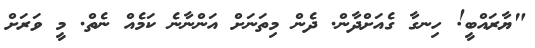
"ޔާރައްބީ! ހިނގާ ގެއަށްދާން. ދެން މިތަނަށް އަންނާނެ ކަމެއް ނެތް. މީ ވަރަށް